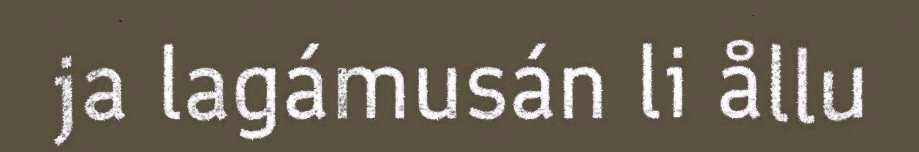
ja lagámusán li ållu